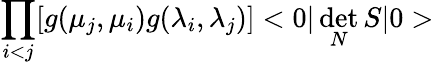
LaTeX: \prod_{i<j}[g(\mu_{j},\mu_{i})g(\lambda_{i},\lambda_{j})]<0|\operatorname*{det}_{N}S|0>